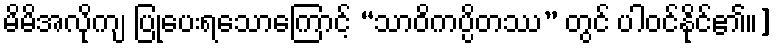
မိမိအလိုကျ ပြုပေးရသောကြောင့် “သာဝိကပ္ပိတဿ” တွင် ပါဝင်နိုင်၏။]